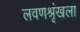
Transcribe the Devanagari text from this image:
लवणश्रृंखला